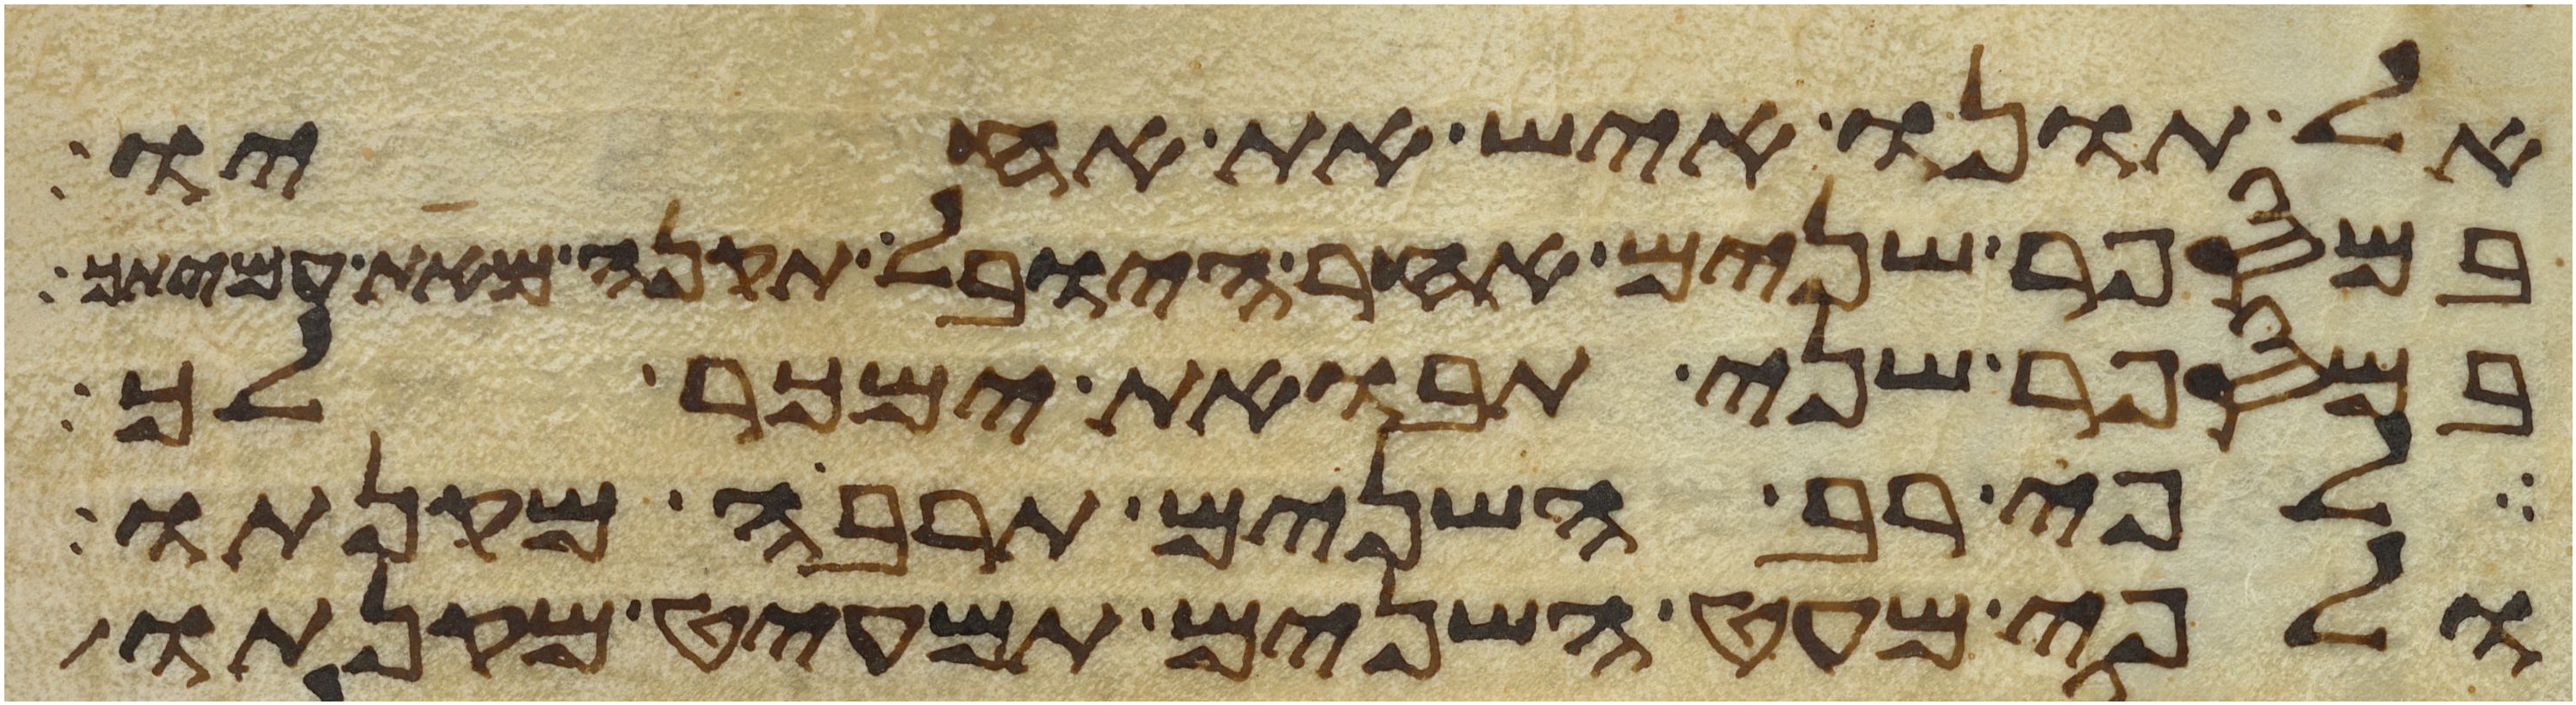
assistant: אל תונו איש את אחיו
במספר שנים אחר היובל תקנה מאת עמיתך
במספר שני תבואת ימכר לך
לפי רב השנים תרבה מקנתו
ולפי מעט השנים תמעיט מקנתו